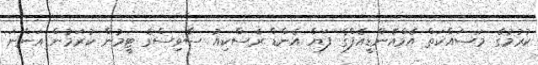
ކުރުމުގެ މަސައްކަތް އެމްއެންޑީއެފްގެ ފަޔާ އެންޑް ރެސްކިއު ސާވިސްގެ ޓީމުން ކުރަމުން އަންނަ